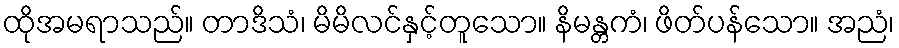
ထိုအမရာသည်။ တာဒိသံ၊ မိမိလင်နှင့်တူသော။ နိမန္တကံ၊ ဖိတ်ပန်သော။ အညံ၊